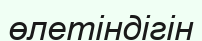
өлетіндігін